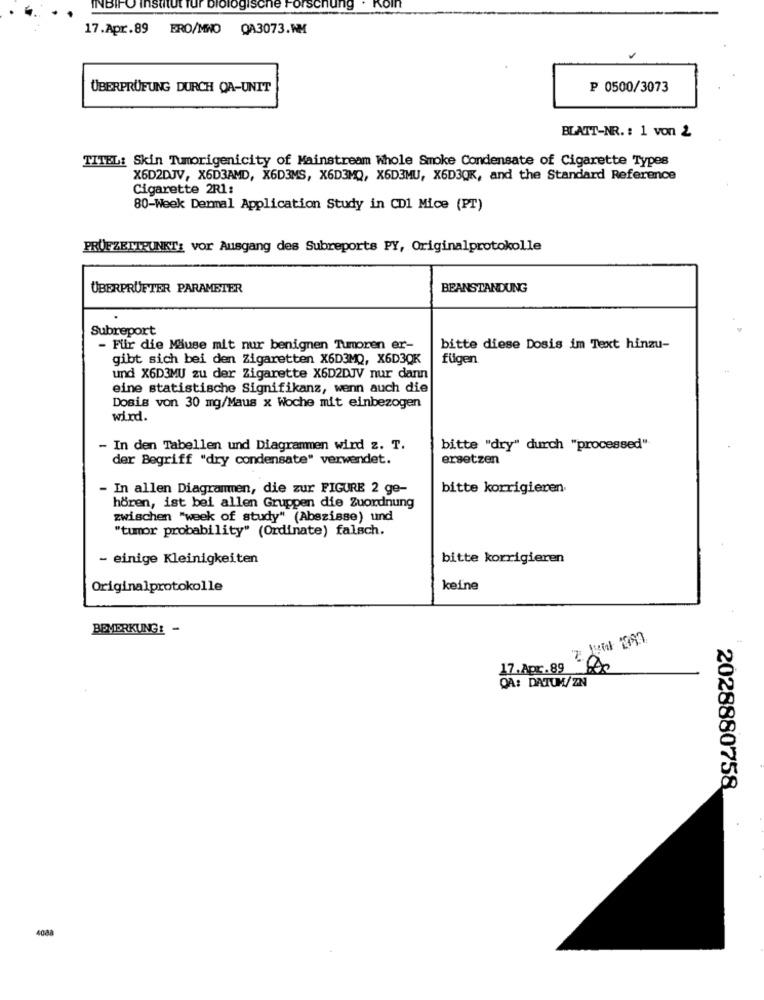
NBIFO institut fur biologische Forschung
KOI
17.Apr.89 ERO/MWO QA3073.WM
ÜBERPRÜFUNG DURCH QA-UNIT
P 0500/3073
BLATT-NR. : 1 von 2
TITEL: Skin Tumorigenicity of Mainstream Whole Smoke Condensate of Cigarette Types
X6D2DJV, X6D3AMD, X6D3MS, X6D3MQ, X6D3MU, X6D30K, and the Standard Reference
Cigarette 2R1:
80-Week Dermal Application Study in CD1 Mice (PT)
PRÜFZEITPUNKT: vor Ausgang des Subreports PY, Originalprotokolle
ÜBERPRÜFTER PARAMETER
BEANSTANDUNG
Subreport
- Flir die Mäuse mit nur benignen Tumoren er-
bitte diese Dosis im Text hinzu-
gibt sich bei den Zigaretten X6D3MQ, X6D3QK
fügen
und X6D3MU zu der Zigarette X6D2DJV nur dann
eine statistische Signifikanz, wenn auch die
Dosis von 30 mg/Maus x Woche mit einbezogen
wird.
- In den Tabellen und Diagrammen wird z. T.
bitte "dry" durch "processed"
der Begriff "dry condensate" verwendet.
ersetzen
- In allen Diagrammen, die zur FIGURE 2 ge-
bitte korrigieren
hören, ist bei allen Gruppen die Zuordnung
zwischen "week of study" (Abszisse) und
"tumor probability" (Ordinate) falsch.
- einige Kleinigkeiten
bitte korrigieren
Originalprotokolle
keine
BEMERKUNG: -
17.Apr.89 60
QA: DATUM/ZN
2028880758
4088